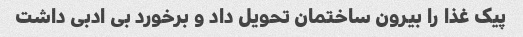
پیک غذا را بیرون ساختمان تحویل داد و برخورد بی ادبی داشت